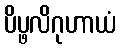
ပိပ္ဖလိဂုဟာယံ